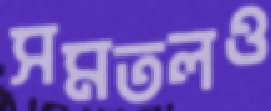
সমতলও